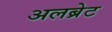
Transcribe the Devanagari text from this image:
अलब्रेट